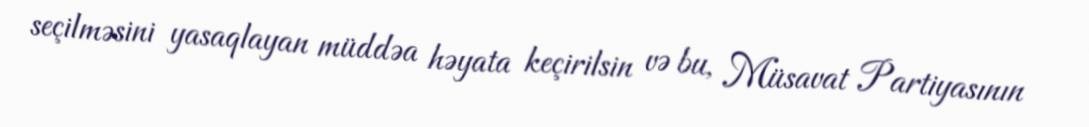
seçilməsini yasaqlayan müddəa həyata keçirilsin və bu, Müsavat Partiyasının